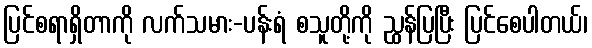
ပြင်စရာရှိတာကို လက်သမား-ပန်းရံ စသူတို့ကို ညွှန်ပြပြီး ပြင်စေပါတယ်၊